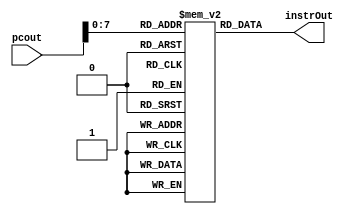
`timescale 1ns / 1ps

module instMem(
    input[31:0] pcout,
    output reg [31:0] instrOut
    ); 
    reg [31:0] instr[0:255];
    initial begin
            instr[0] = 32'h3c010000; // (00) main: lui $1, 0
            instr[4] = 32'h34240050; // (04) ori $4, $1, 80
            instr[8] = 32'h20050004; // (08) addi $5, $0, 4
            instr[12] = 32'h0c000018; // (0c) call: jal sum
            instr[16] = 32'hac820000; // (10) sw $2, 0($4)
            instr[20] = 32'h8c890000; // (14) lw $9, 0($4)
            instr[24] = 32'h01244022; // (18) sub $8, $9, $4
            instr[28] = 32'h20050003; // (1c) addi $5, $0, 3
            instr[32] = 32'h20a5ffff; // (20) loop2: addi $5, $5, -1
            instr[36] = 32'h34a8ffff; // (24) ori $8, $5, 0xffff
            instr[40] = 32'h39085555; // (28) xori $8, $8, 0x5555
            instr[44] = 32'h2009ffff; // (2c) addi $9, $0, -1
            instr[48] = 32'h312affff; // (30) andi $10,$9, 0xffff
            instr[52] = 32'h01493025; // (34) or $6, $10, $9
            instr[56] = 32'h01494026; // (38) xor $8, $10, $9
            instr[60] = 32'h01463824; // (3c) and $7, $10, $6
            instr[64] = 32'h10a00001; // (40) beq $5, $0, shift
            instr[68] = 32'h08000008; // (44) j loop2
            instr[72] = 32'h2005ffff; // (48) shift: addi $5, $0, -1
            instr[76] = 32'h000543c0; // (4c) sll $8, $5, 15
            instr[80] = 32'h00084400; // (50) sll $8, $8, 16
            instr[84] = 32'h00084403; // (54) sra $8, $8, 16
            instr[88] = 32'h000843c2; // (58) srl $8, $8, 15
            instr[92] = 32'h08000017; // (5c) finish: j finish
            instr[96] = 32'h00004020; // (60) sum: add $8, $0, $0
            instr[100] = 32'h8c890000; // (64) loop: lw $9, 0($4)
            instr[104] = 32'h20840004; // (68) addi $4, $4, 4
            instr[108] = 32'h01094020; // (6c) add $8, $8, $9
            instr[112] = 32'h20a5ffff; // (70) addi $5, $5, -1
            instr[116] = 32'h14a0fffb; // (74) bne $5, $0, loop
            instr[120] = 32'h00081000; // (78) sll $2, $8, 0
            instr[124] = 32'h03e00008; // (7c) jr $31
        end
    always @(*) begin
        instrOut = instr[pcout];
        end
endmodule